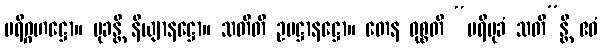
ပရိဂ္ဂဟဋ္ဌော။ မုခန္တိ နိယျာနဋ္ဌော။ သတီတိ ဥပဋ္ဌာနဋ္ဌော။ တေန ဝုစ္စတိ “ပရိမုခံ သတိ”န္တိ ဧဝံ